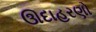
ઊદાહરણો